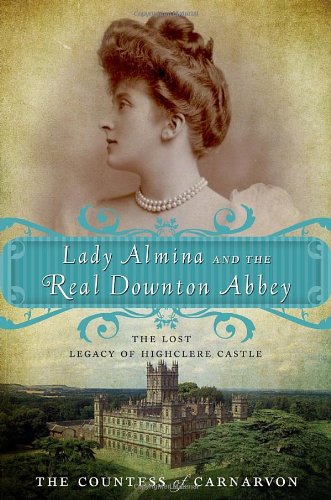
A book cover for Lady Almina and the Real Downton Abbey: The Lost Legacy of Highclere Castle; Countess of Fiona Carnarvon; Biographies & Memoirs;